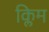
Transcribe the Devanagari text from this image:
क्लिम